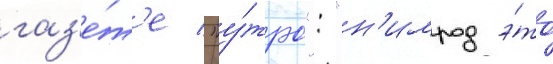
газ'е́т'е "у́тро": "н'имрод э́то